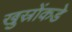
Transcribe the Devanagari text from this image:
खुस्रोंकडे